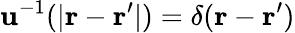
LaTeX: \mathbf{u}^{-1}(\vert\mathbf{{r}}-\mathbf{{r}}^{\prime}\vert)=\delta(\mathbf{{r}}-\mathbf{{r}}^{\prime})